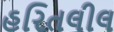
હરિતલીલ